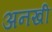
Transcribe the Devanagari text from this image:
अनखी